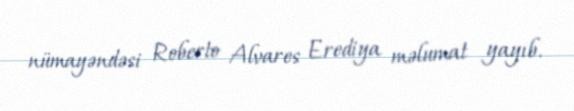
nümayəndəsi Roberto Alvares Erediya məlumat yayıb.